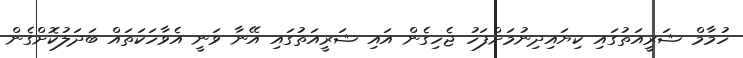
ހުމާމް ޝަރީއަތުގައި ކިޔައިދިނުމަށްފަހު ޖެހިގެން އައި ޝަރީއަތުގައި އޭނާ ވަނީ އެވާހަކަތައް ބަދަލުކޮށްގެން